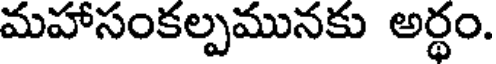
మహాసంకల్పమునకు అర్థం.